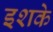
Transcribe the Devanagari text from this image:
इशके